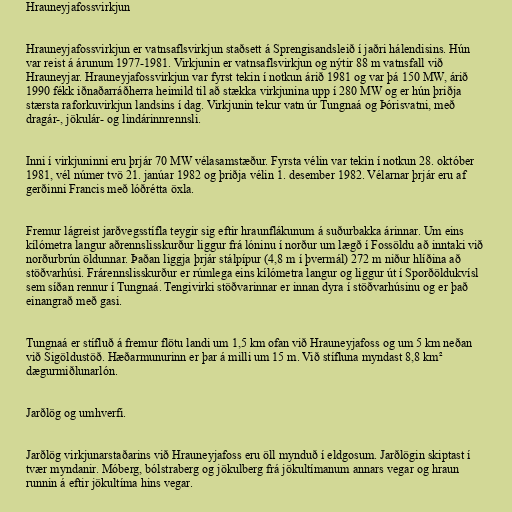
Hrauneyjafossvirkjun

Hrauneyjafossvirkjun er vatnsaflsvirkjun staðsett á Sprengisandsleið í jaðri hálendisins. Hún
var reist á árunum 1977-1981. Virkjunin er vatnsaflsvirkjun og nýtir 88 m vatnsfall við
Hrauneyjar. Hrauneyjafossvirkjun var fyrst tekin í notkun árið 1981 og var þá 150 MW, árið
1990 fékk iðnaðarráðherra heimild til að stækka virkjunina upp í 280 MW og er hún þriðja
stærsta raforkuvirkjun landsins í dag. Virkjunin tekur vatn úr Tungnaá og Þórisvatni, með
dragár-, jökulár- og lindárinnrennsli.

Inni í virkjuninni eru þrjár 70 MW vélasamstæður. Fyrsta vélin var tekin í notkun 28. október
1981, vél númer tvö 21. janúar 1982 og þriðja vélin 1. desember 1982. Vélarnar þrjár eru af
gerðinni Francis með lóðrétta öxla.

Fremur lágreist jarðvegsstífla teygir sig eftir hraunflákunum á suðurbakka árinnar. Um eins
kílómetra langur aðrennslisskurður liggur frá lóninu í norður um lægð í Fossöldu að inntaki við
norðurbrún öldunnar. Þaðan liggja þrjár stálpípur (4,8 m í þvermál) 272 m niður hlíðina að
stöðvarhúsi. Frárennslisskurður er rúmlega eins kílómetra langur og liggur út í Sporðöldukvísl
sem síðan rennur í Tungnaá. Tengivirki stöðvarinnar er innan dyra í stöðvarhúsinu og er það
einangrað með gasi.

Tungnaá er stífluð á fremur flötu landi um 1,5 km ofan við Hrauneyjafoss og um 5 km neðan
við Sigöldustöð. Hæðarmunurinn er þar á milli um 15 m. Við stífluna myndast 8,8 km²
dægurmiðlunarlón.

Jarðlög og umhverfi.

Jarðlög virkjunarstaðarins við Hrauneyjafoss eru öll mynduð í eldgosum. Jarðlögin skiptast í
tvær myndanir. Móberg, bólstraberg og jökulberg frá jökultímanum annars vegar og hraun
runnin á eftir jökultíma hins vegar.